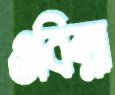
ওবিন্না